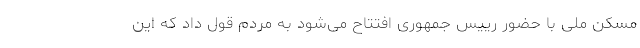
مسکن ملی با حضور رییس جمهوری افتتاح می‌شود به مردم قول داد که این